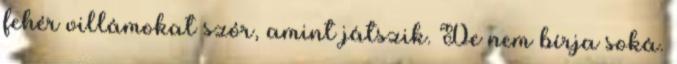
fehér villámokat szór, amint játszik. De nem bírja soká.